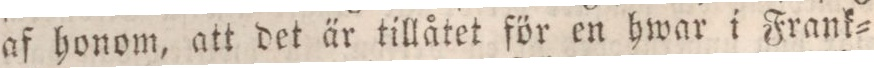
af honom, att det är tillåtet för en hwar i Frank=